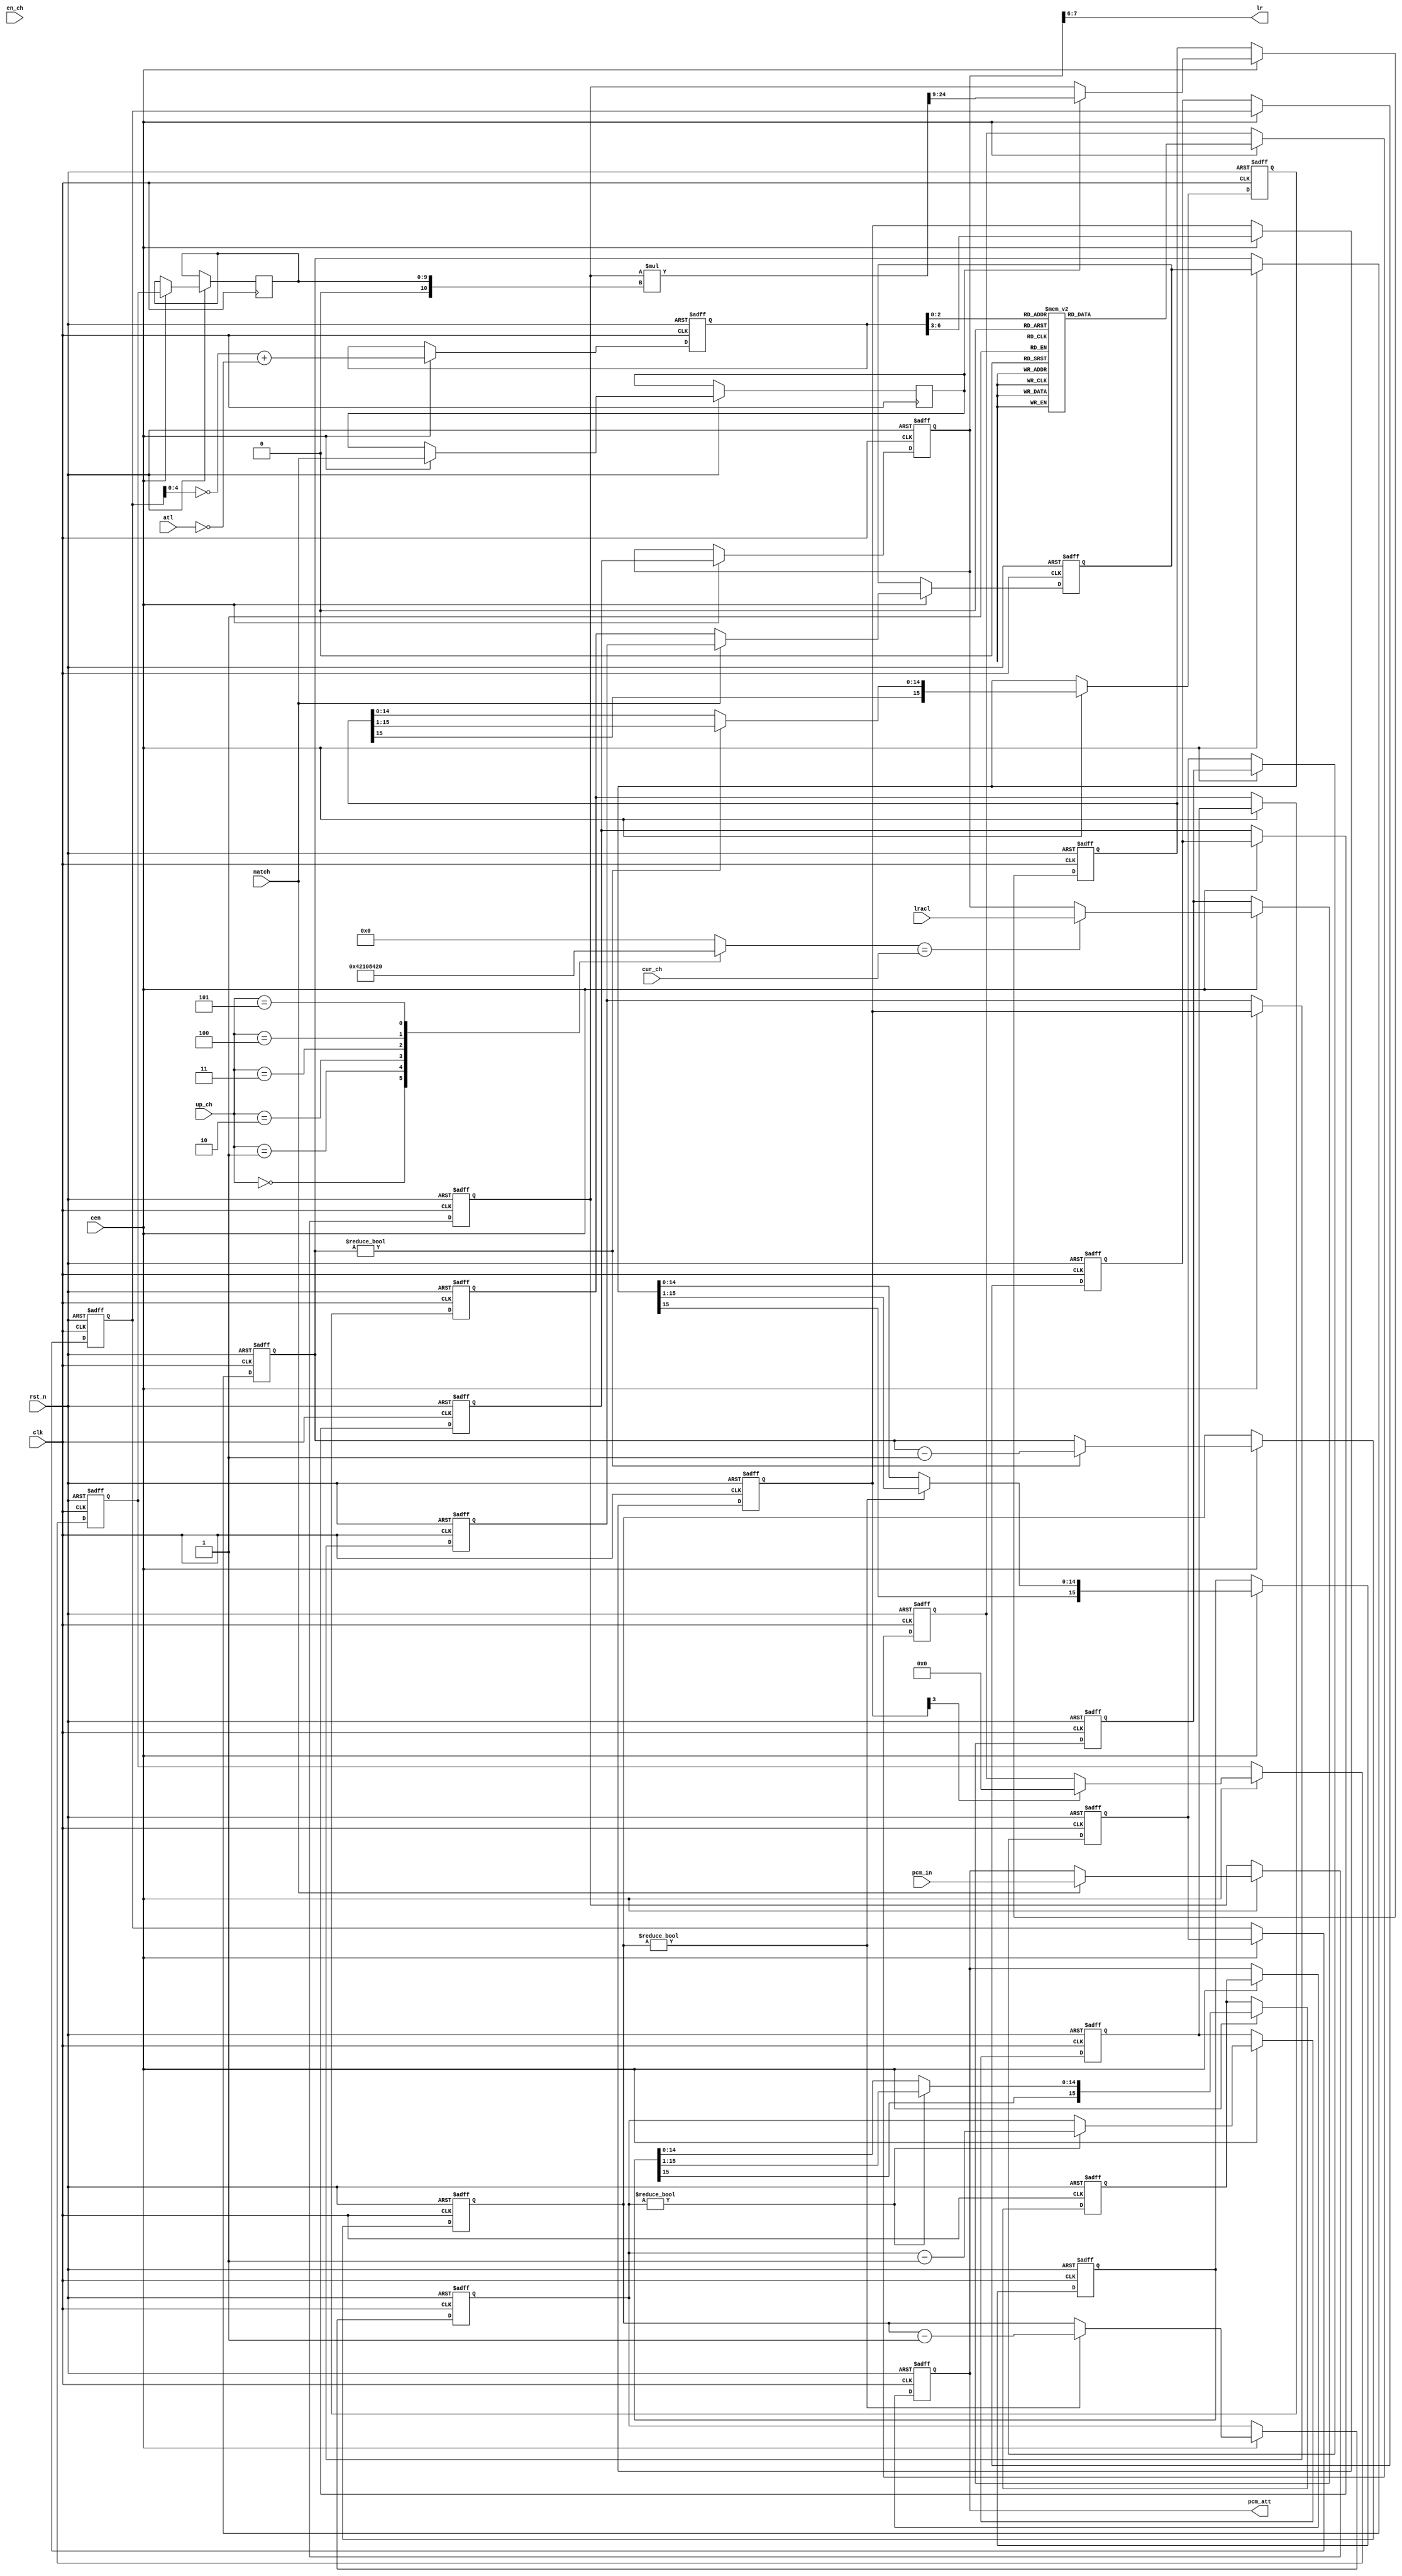
module jt10_adpcm_gain(
    input           rst_n,
    input           clk,        // CPU clock
    input           cen,        // 666 kHz
    // pipeline channel
    input   [5:0]   cur_ch,
    input   [5:0]   en_ch,
    input           match,

    input   [5:0]   atl,        // ADPCM Total Level
    // Gain update
    input   [7:0]   lracl,
    input   [2:0]   up_ch,
    // Data
    output  [1:0]   lr,
    input      signed [15:0] pcm_in,
    output     signed [15:0] pcm_att
);

reg [5:0] up_ch_dec;
always @(*)
    case(up_ch)
        3'd0: up_ch_dec = 6'b000_001;
        3'd1: up_ch_dec = 6'b000_010;
        3'd2: up_ch_dec = 6'b000_100;
        3'd3: up_ch_dec = 6'b001_000;
        3'd4: up_ch_dec = 6'b010_000;
        3'd5: up_ch_dec = 6'b100_000;
        default: up_ch_dec = 6'd0;
    endcase

//wire [5:0] en_ch2 = { en_ch[4:0], en_ch[5] }; // shift the bits to fit in the pipeline slot correctly

reg  [6:0] db5;
always @(*)
    case( db5[2:0] )
        3'd0: lin_5b = 10'd512;
        3'd1: lin_5b = 10'd470;
        3'd2: lin_5b = 10'd431;
        3'd3: lin_5b = 10'd395;
        3'd4: lin_5b = 10'd362;
        3'd5: lin_5b = 10'd332;
        3'd6: lin_5b = 10'd305;
        3'd7: lin_5b = 10'd280;
    endcase

reg [7:0] lracl1, lracl2, lracl3, lracl4, lracl5, lracl6;
reg  [9:0] lin_5b, lin1, lin2, lin6;
reg [3:0] sh1, sh6;

// dB to linear conversion
assign lr = lracl1[7:6];

always @(posedge clk or negedge rst_n)
    if( !rst_n ) begin
        lracl1  <= 8'd0; lracl2 <= 8'd0;
        lracl3  <= 8'd0; lracl4 <= 8'd0;
        lracl5  <= 8'd0; lracl6 <= 8'd0;
        db5     <= 'd0;
        sh1     <= 4'd0; sh6    <= 4'd0;
        lin1    <= 10'd0;
        lin6    <= 10'd0;
    end else if(cen) begin

        // I
        lracl2  <= up_ch_dec == cur_ch ? lracl : lracl1;
        // II
        lracl3  <= lracl2;
        // III
        lracl4  <= lracl3;
        // IV: new data is accepted here
        lracl5  <= lracl4;
        db5     <= { 2'b0, ~lracl4[4:0] } + {1'b0, ~atl};
        // V
        lracl6  <= lracl5;
        lin6    <= lin_5b;
        sh6     <= db5[6:3];
        // VI close the loop
        lracl1  <= lracl6;
        lin1    <= sh6[3] ? 10'h0 : lin6;
        sh1     <= sh6;
    end

// Apply gain
// The pipeline has 6 stages, there is new input data once every 6*6=36 clock cycles
// New data is read once and it takes 4*6 cycles to get through because the shift
// operation is distributed among several iterations. This prevents the need of
// a 10x16-input mux which is very large. Instead of that, this uses two 10x2-input mux'es
// which iterated allow the max 16 shift operation

reg [3:0] shcnt1, shcnt2, shcnt3, shcnt4, shcnt5, shcnt6;

reg shcnt_mod3, shcnt_mod4, shcnt_mod5;
reg [31:0] pcm2_mul;
wire signed [15:0] lin2s = {6'b0,lin2};

always @(*) begin
    shcnt_mod3 = shcnt3 != 0;
    shcnt_mod4 = shcnt4 != 0;
    shcnt_mod5 = shcnt5 != 0;
    pcm2_mul   = pcm2 * lin2s;
end

reg signed [15:0] pcm1, pcm2, pcm3, pcm4, pcm5, pcm6;
reg match2;

assign pcm_att = pcm1;

always @(posedge clk or negedge rst_n)
    if( !rst_n ) begin
        pcm1   <= 'd0; pcm2   <= 'd0;
        pcm3   <= 'd0; pcm4   <= 'd0;
        pcm5   <= 'd0; pcm6   <= 'd0;
        shcnt1 <= 'd0; shcnt2 <= 'd0;
        shcnt3 <= 'd0; shcnt4 <= 'd0;
        shcnt5 <= 'd0; shcnt6 <= 'd0;
    end else if(cen) begin
        // I
        pcm2    <= match ? pcm_in : pcm1;
        lin2    <= lin1;
        shcnt2  <= match ? sh1 : shcnt1;
        match2  <= match;
        // II
        pcm3    <= match2 ? pcm2_mul[24:9] : pcm2;
        shcnt3  <= shcnt2;
        // III, shift by 0 or 1
        if( shcnt_mod3 ) begin
            pcm4   <= pcm3>>>1;
            shcnt4 <= shcnt3-1'd1;
        end else begin
            pcm4   <= pcm3;
            shcnt4 <= shcnt3;
        end
        // IV, shift by 0 or 1
        if( shcnt_mod4 ) begin
            pcm5   <= pcm4>>>1;
            shcnt5 <= shcnt4-1'd1;
        end else begin
            pcm5   <= pcm4;
            shcnt5 <= shcnt4;
        end       
        // V, shift by 0 or 1
        if( shcnt_mod5 ) begin
            pcm6   <= pcm5>>>1;
            shcnt6 <= shcnt5-1'd1;
        end else begin
            pcm6   <= pcm5;
            shcnt6 <= shcnt5;
        end       
        // VI close the loop and output
        pcm1    <= pcm6;
        shcnt1  <= shcnt6;
    end

endmodule